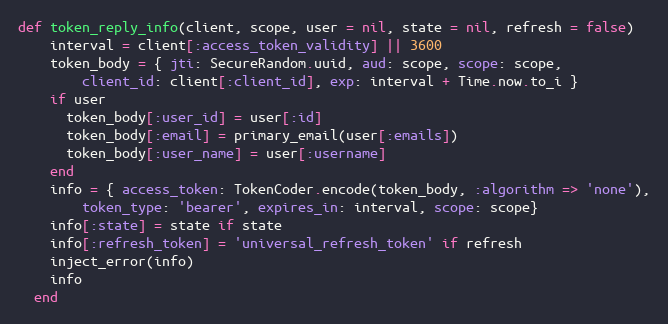
Language: Ruby
def token_reply_info(client, scope, user = nil, state = nil, refresh = false)
    interval = client[:access_token_validity] || 3600
    token_body = { jti: SecureRandom.uuid, aud: scope, scope: scope,
        client_id: client[:client_id], exp: interval + Time.now.to_i }
    if user
      token_body[:user_id] = user[:id]
      token_body[:email] = primary_email(user[:emails])
      token_body[:user_name] = user[:username]
    end
    info = { access_token: TokenCoder.encode(token_body, :algorithm => 'none'),
        token_type: 'bearer', expires_in: interval, scope: scope}
    info[:state] = state if state
    info[:refresh_token] = 'universal_refresh_token' if refresh
    inject_error(info)
    info
  end